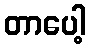
တာပေါ့